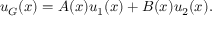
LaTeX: u _ { G } ( x ) = A ( x ) u _ { 1 } ( x ) + B ( x ) u _ { 2 } ( x ) .